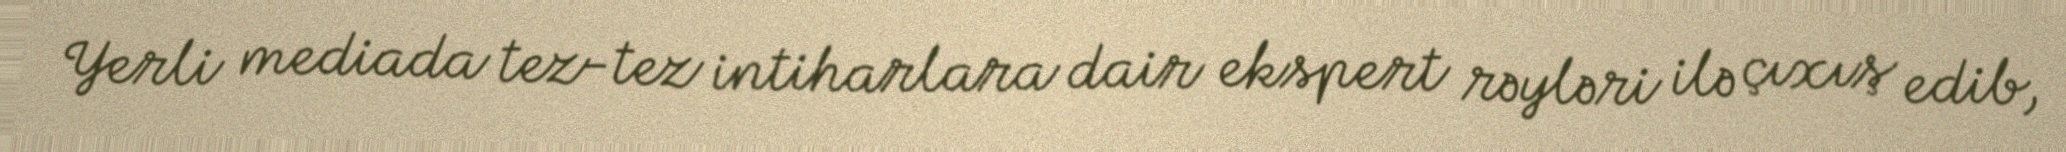
Yerli mediada tez-tez intiharlara dair ekspert rəyləri ilə çıxış edib,